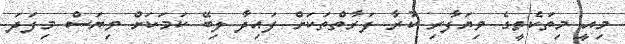
މިއީ މިތަކެތީގެ ވިޔަފާރި ކުރާ ފަރާތްތަކަށް ފައިދާ ލިބޭ ކަމަކަށް ވިޔަސް މިފަދަ